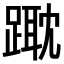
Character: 𨄁